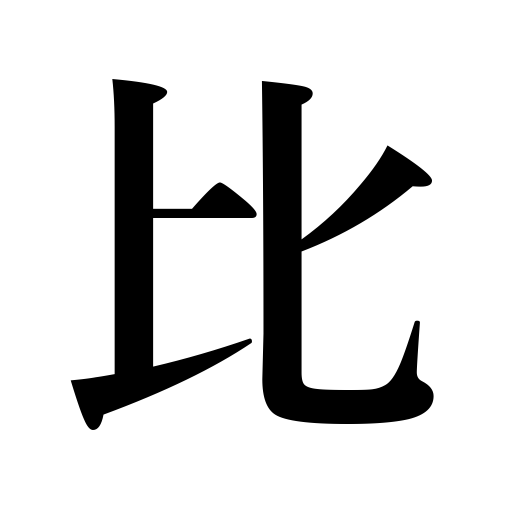
Meanings: compare,comparison,ratio,an equal,contrast,balance,a match